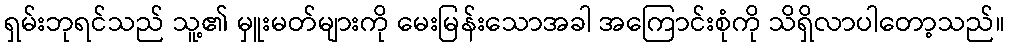
ရှမ်းဘုရင်သည် သူ့၏ မှူးမတ်များကို မေးမြန်းသောအခါ အကြောင်းစုံကို သိရှိလာပါတော့သည်။